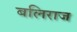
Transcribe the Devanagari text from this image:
बलिराज